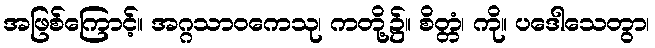
အဖြစ်ကြောင့်။ အဂ္ဂသာဝကေသု၊ ကတို့၌။ စိတ္တံ၊ ကို။ ပဒေါသေတွာ၊